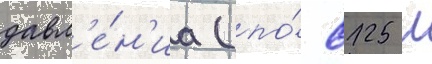
давл'е́н'иа (по́ 8125 л